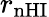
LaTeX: r_{\mathrm{nHI}}